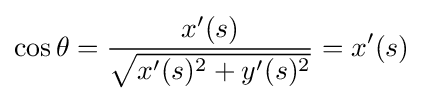
\cos \theta ={\frac {x'(s)}{\sqrt {x'(s)^{2}+y'(s)^{2}}}}=x'(s)\